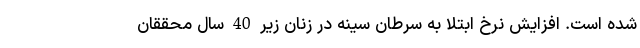
شده است. افزایش نرخ ابتلا به سرطان سینه در زنان زیر 40 سال محققان